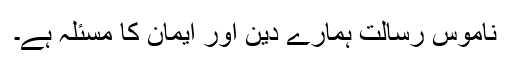
ناموس رسالتۖ ہمارے دین اور ایمان کا مسئلہ ہے۔